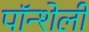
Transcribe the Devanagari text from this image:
पॉन्शेली